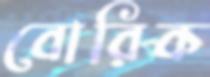
বোরিক